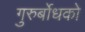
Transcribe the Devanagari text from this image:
गुरुर्बोधको